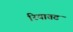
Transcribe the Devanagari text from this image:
रियातट